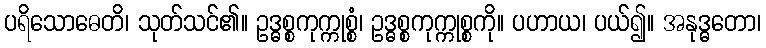
ပရိသောဓေတိ၊ သုတ်သင်၏။ ဥဒ္ဓစ္စကုက္ကုစ္စံ၊ ဥဒ္ဓစ္စကုက္ကုစ္စကို။ ပဟာယ၊ ပယ်၍။ အနုဒ္ဓတော၊